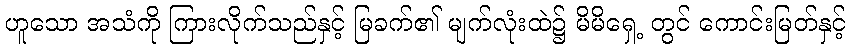
ဟူသော အသံကို ကြားလိုက်သည်နှင့် မြခက်၏ မျက်လုံးထဲ၌ မိမိရှေ့ တွင် ကောင်းမြတ်နှင့်